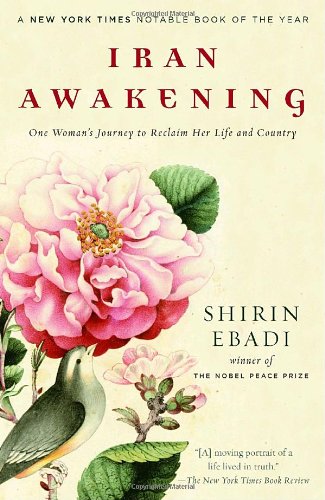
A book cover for Iran Awakening: One Woman's Journey to Reclaim Her Life and Country; Shirin Ebadi; Law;